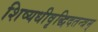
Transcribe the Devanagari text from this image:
शिष्यधीवृद्धिदतन्त्रम्